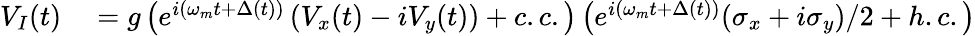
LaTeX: \begin{array}{rl}{V_{I}(t)}&{{}=g\left(e^{i\left(\omega_{m}t+\Delta(t)\right)}\left(V_{x}(t)-iV_{y}(t)\right)+c.c.\right)\left(e^{i(\omega_{m}t+\Delta(t))}(\sigma_{x}+i\sigma_{y})/2+h.c.\right)}\end{array}